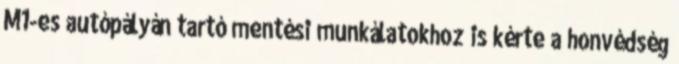
M1-es autópályán tartó mentési munkálatokhoz is kérte a honvédség